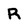
Character: R